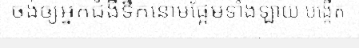
ចង់ឲ្យអ្នកជំងឺទឹកនោមផ្អែមទាំងឡាយ បង្កើត